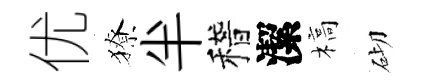
优獠半稽潔槁砌